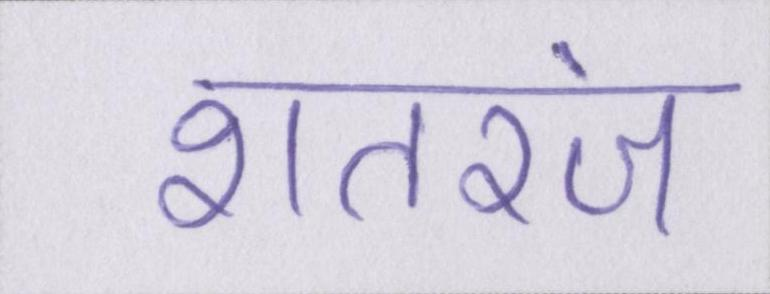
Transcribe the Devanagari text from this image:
शतरंज